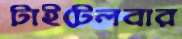
টাইটেলবার